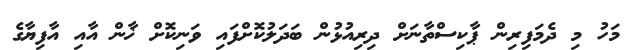
މަހު މި ދެމަފިރިން ޕާކިސްތާނަށް ދިރިއުޅުން ބަދަލުކޮށްފައި ވަނިކޮށް ޚާން އާއި އާފިޔާގެ